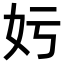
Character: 𡚯